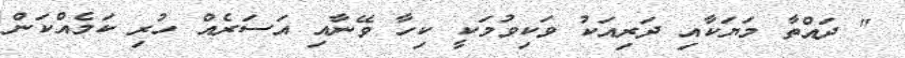
" ދައްތާ މަޔަކާއި ދަރިއަކު ވަކިވުމަކީ ކިހާ ވޭނާއި އަސަރެއް ހުރި ކަމެއްކަން